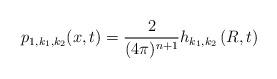
LaTeX: \begin{align*}p_{1,k_1,k_2}(x,t)= \frac{2}{(4\pi)^{n+1}} h_{k_1,k_2}\left(R,t\right)\end{align*}